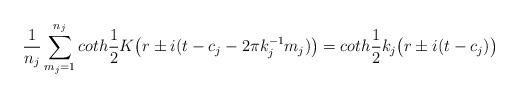
LaTeX: \begin{align*}\frac{1}{n_j} \sum_{m_j=1}^{n_j} coth\frac{1}{2}K\bigl(r\pm i(t-c_j-2\pi k_j^{-1} m_j)\bigr) = coth\frac{1}{2}k_j\bigl(r\pm i(t-c_j)\bigr)\end{align*}